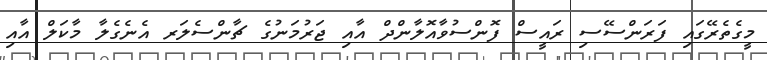
މީގެތެރޭގައި ފަރަންސޭސި ރައީސް ފޮންސުވާއޮލާންދް އާއި ޖަރުމަނުގެ ޗާންސެލަރ އެނެގެލާ މާކަލް އާއި